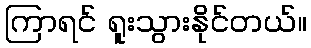
ကြာရင် ရူးသွားနိုင်တယ်။